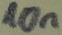
Text: 10n